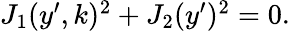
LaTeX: \begin{array}{r}{J_{1}(y^{\prime},k)^{2}+J_{2}(y^{\prime})^{2}=0.}\end{array}